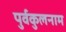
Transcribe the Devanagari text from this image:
पुर्वकुलनाम